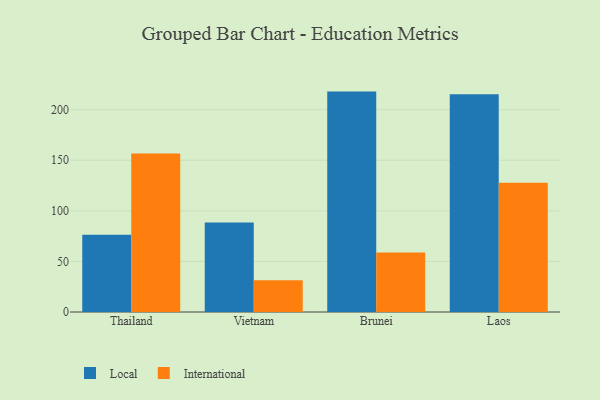
{"axis": {"x": "Country", "y": "Market Share (%)"}, "legend": ["International", "Local"], "data": [{"x": "Thailand", "y": 76.4, "type": "Local"}, {"x": "Thailand", "y": 156.8, "type": "International"}, {"x": "Vietnam", "y": 88.6, "type": "Local"}, {"x": "Vietnam", "y": 31.5, "type": "International"}, {"x": "Brunei", "y": 217.9, "type": "Local"}, {"x": "Brunei", "y": 58.9, "type": "International"}, {"x": "Laos", "y": 215.3, "type": "Local"}, {"x": "Laos", "y": 127.7, "type": "International"}]}